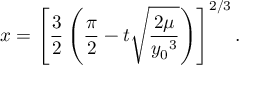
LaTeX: x = \left[ { \frac { 3 } { 2 } } \left( { \frac { \pi } { 2 } } - t { \sqrt { \frac { 2 \mu } { { y _ { 0 } } ^ { 3 } } } } \right) \right] ^ { 2 / 3 } .